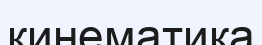
кинематика